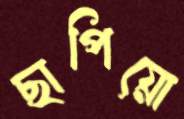
ছাপিয়ো